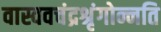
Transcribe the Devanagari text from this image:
वास्ववचंद्रश्रृंगोन्नति